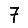
Digit: 7